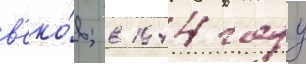
в'еко́в; в 1944 году